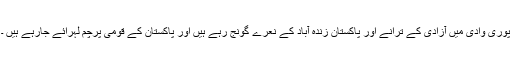
پوری وادی میں آزادی کے ترانے اور پاکستان زندہ آباد کے نعرے گونج رہے ہیں اور پاکستان کے قومی پرچم لہرائے جارہے ہیں ۔